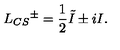
L _ { C S } { ^ { \pm } } = { \frac { 1 } { 2 } } \tilde { I } \pm i I .